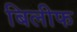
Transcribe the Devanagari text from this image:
बिलीफ